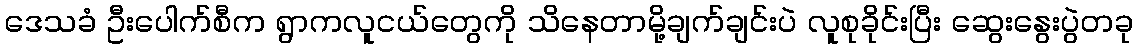
ဒေသခံ ဦးပေါက်စီက ရွာကလူငယ်တွေကို သိနေတာမို့ချက်ချင်းပဲ လူစုခိုင်းပြီး ဆွေးနွေးပွဲတခု